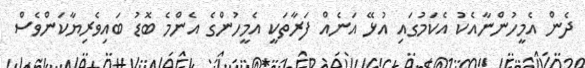
ދެން އެމީހުންނާއެކު އެކަމުގައި އުޅޭ އަނެއް ފަރާތަކީ އެމީހުންގެ އެންމެ ބޮޑު ބައިވެރިޔާކަންވެސް